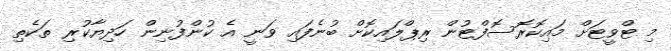
މި ޓްވީޓަށް މައިކޮރޮސޮފްޓުން ރިޕްލައިކޮށް ބުނެފައި ވަނީ އެ ކުންފުނިން ހަދިޔާކުރި ތަކެތި